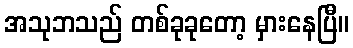
အသုဘသည် တစ်ခုခုတော့ မှားနေပြီ။